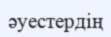
әуестердің